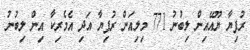
ރުފިޔާ ޔޫއޭއިން ލިބުނު 771 މިލިއަން ރުފިޔާ އަދި އެމެރިކާ އިން ލިބުނު